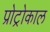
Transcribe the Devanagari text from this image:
प्रोट्रोकाल